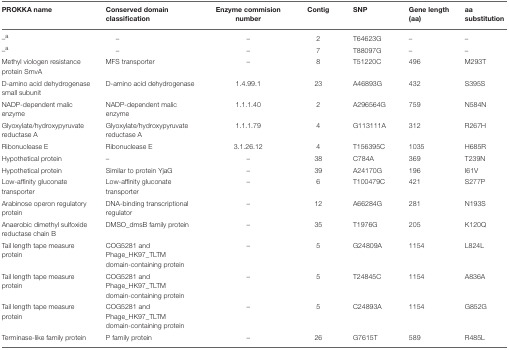
| PROKKA name | Conserved domain classification | Enzyme commision number | Contig | SNP | Gene length (aa) | aa substitution |
 | --- | --- | --- | --- | --- | --- | --- |
 | –a | – | – | 2 | T64623G | – | – |
 | –a | – | – | 7 | T88097G | – | – |
 | Methyl viologen resistance protein SmvA | MFS transporter | – | 8 | T51220C | 496 | M293T |
 | D-amino acid dehydrogenase small subunit | D-amino acid dehydrogenase | 1.4.99.1 | 23 | A46893G | 432 | S395S |
 | NADP-dependent malic enzyme | NADP-dependent malic enzyme | 1.1.1.40 | 2 | A296564G | 759 | N584N |
 | Glyoxylate/hydroxypyruvate reductase A | Glyoxylate/hydroxypyruvate reductase A | 1.1.1.79 | 4 | G113111A | 312 | R267H |
 | Ribonuclease E | Ribonuclease E | 3.1.26.12 | 4 | T156395C | 1035 | H685R |
 | Hypothetical protein | – | – | 38 | C784A | 369 | T239N |
 | Hypothetical protein | Similar to protein YjaG | – | 39 | A24170G | 196 | I61V |
 | Low-affinity gluconate transporter | Low-affinity gluconate transporter | – | 6 | T100479C | 421 | S277P |
 | Arabinose operon regulatory protein | DNA-binding transcriptional regulator | – | 12 | A66284G | 281 | N193S |
 | Anaerobic dimethyl sulfoxide reductase chain B | DMSO_dmsB family protein | – | 35 | T1976G | 205 | K120Q |
 | Tail length tape measure protein | COG5281 and Phage_HK97_TLTM domain-containing protein | – | 5 | G24809A | 1154 | L824L |
 | Tail length tape measure protein | COG5281 and Phage_HK97_TLTM domain-containing protein | – | 5 | T24845C | 1154 | A836A |
 | Tail length tape measure protein | COG5281 and Phage_HK97_TLTM domain-containing protein | – | 5 | C24893A | 1154 | G852G |
 | Terminase-like family protein | P family protein | – | 26 | G7615T | 589 | R485L |